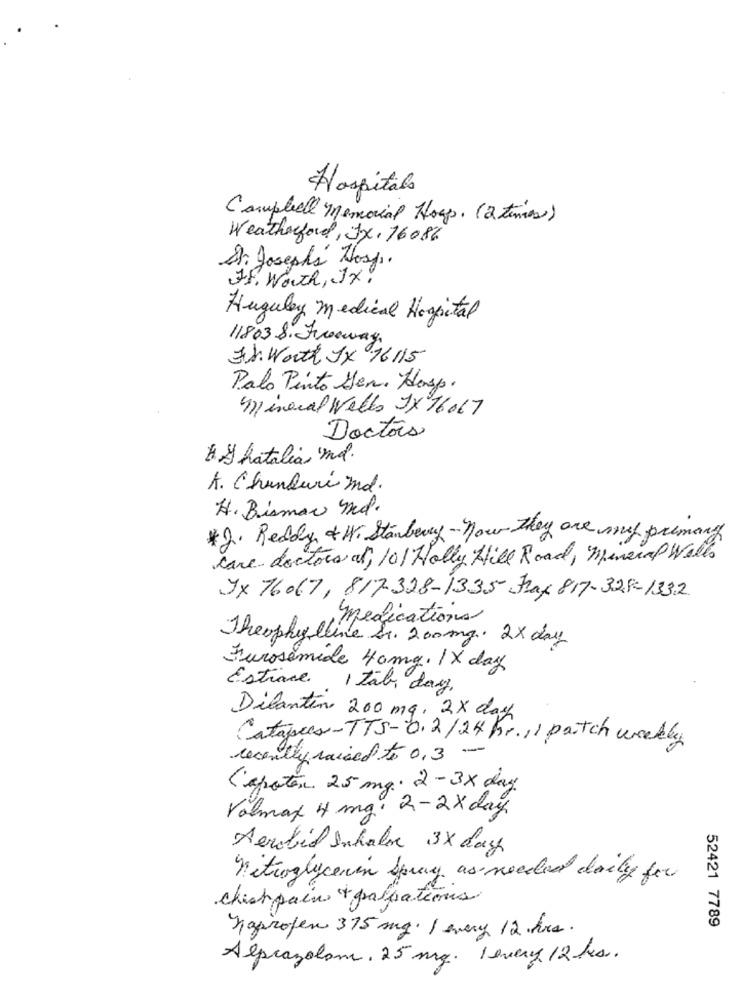
Hospitals
Campbell memorial Hosp. (2 times)
Weatherford, Jx. 16086
Dr. Josephs' Hosp.
Jf. Worth, Jx,
Huguley medical Hospital
118038. Freeway
3.J. Worth Jx 16115
Palo Pinto Men. Hosp.
mineral Wells JX 16067
Doctors
A.y hatalia, 'ml.
A. Chanduri md.
H. Bismar md.
*2. Reddy & W. Stanberg - now they are my primary
care doctors af, 10/ Holly Hill Road, Mineral Wells
JX 76067, 817-328-1335 Fraf 817-328-1332
,medications
Theophylline Sr. 200mg. 2× day
Furosemide 40mg. 1X day
Estrace 1 tab day.
Dilantin 200 mg, 2X day
Catapees-TTS-0.2/24 hr. 11 patch weekly
recently raised to 0.3 -
Capoten 25 mg. 2-3x day
Volmax 4 mg. 2-2x day
Aerobil Inhalo 3X day
nitroglycerin Spray as needed daily for
chish pain + palpations
52421 7789
Kaprofen 375 mg. 1 every 12 hrs.
Alprazolam, 25 mg. 1 every 12 hs.